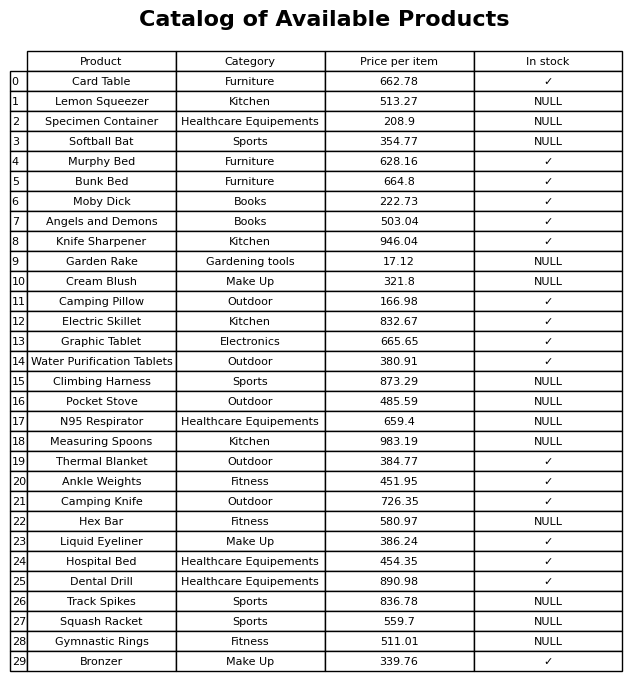
question: What category does the Climbing Harness belong to?
answer: Sports